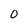
Character: O